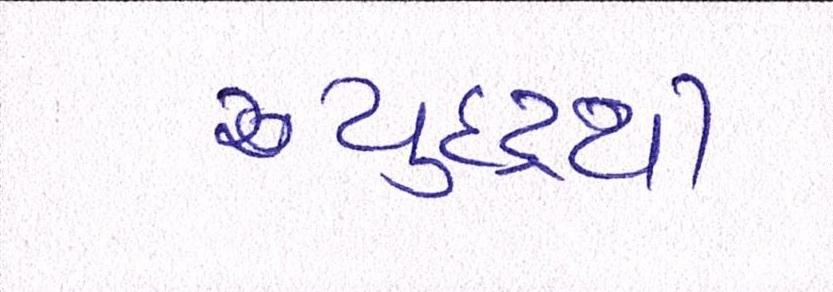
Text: યુદ્ધથી